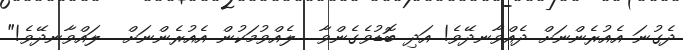
ދެގުނަ އެއުރެންނަށް ދެއްވާނދޭވެ! އަދި ބޮޑުވެގެންވާ  ލެއްވުމަކުން އެއުރެންނަށް  ލައްވާނދޭވެ!"